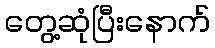
တွေ့ဆုံပြီးနောက်